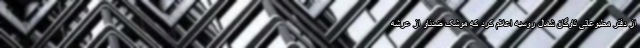
از دفتر مطبوعاتی ناوگان شمال روسیه اعلام کرد که موشک ضدناو از عرشه